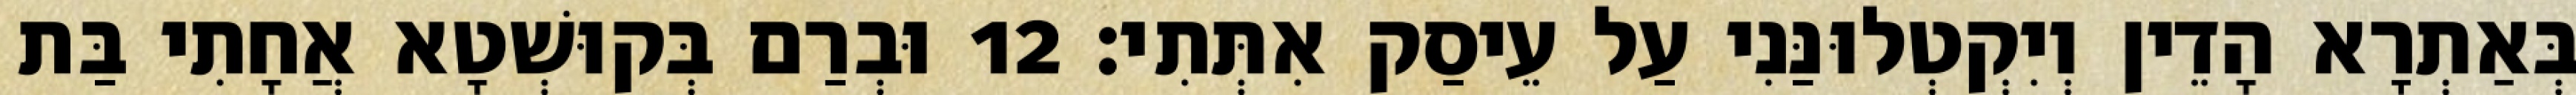
בְּאַתְרָא הָדֵין וְיִקְטְלוּנַּנִי עַל עֵיסַק אִתְּתִי׃ 12 וּבְרַם בְּקוּשְׁטָא אֲחָתִי בַּת